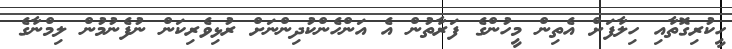
ހީކުރިގޮތާއި ހިލާފަށް އެތިން މީހުންގެ ފަރާތުން އެ އަންހެންކުދިންނަށް ރުޅިވެރިކަން ނުފެނުމުން ލިމްނާގެ